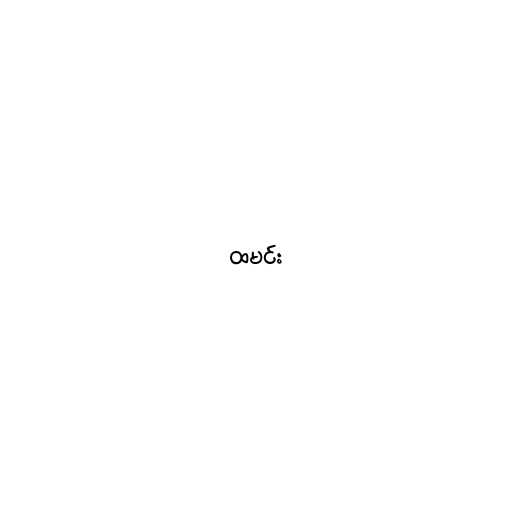
ထမင်း